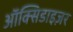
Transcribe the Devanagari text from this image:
ऑक्सिडाइज़र